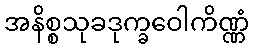
အနိစ္စသုခဒုက္ခဝေါကိဏ္ဏံ